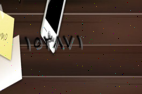
١٥٣٨٧١